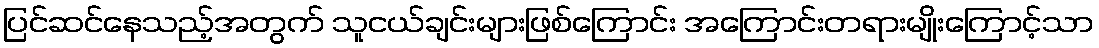
ပြင်ဆင်နေသည့်အတွက် သူငယ်ချင်းများဖြစ်ကြောင်း အကြောင်းတရားမျိုးကြောင့်သာ